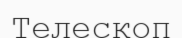
Телескоп